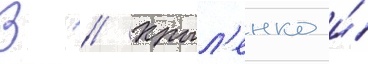
В // Крыл'енко и́